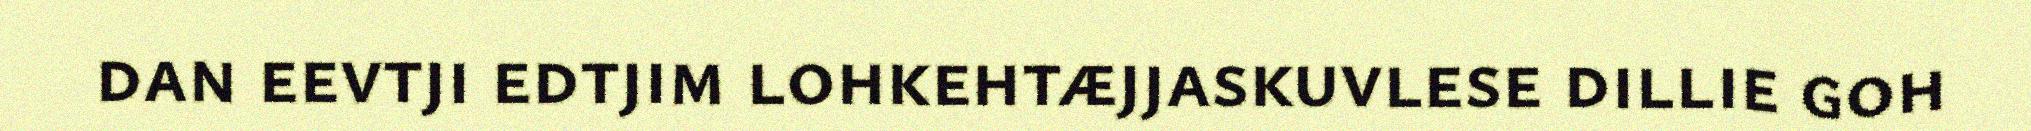
dan eevtji edtjim lohkehtæjjaskuvlese dillie goh